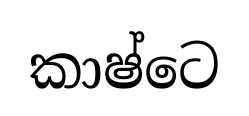
කාෂ්ටෙ